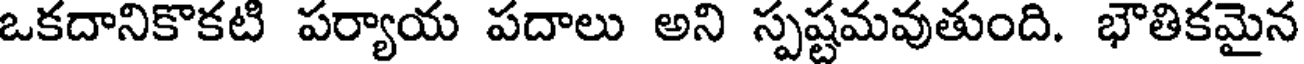
ఒకదానికొకటి పర్యాయ పదాలు అని స్పష్టమవుతుంది. భౌతికమైన